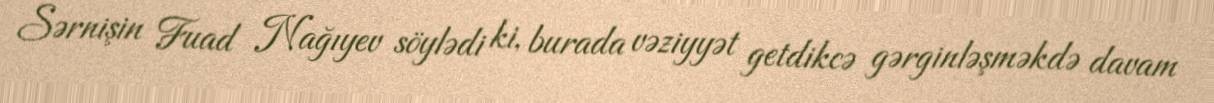
Sərnişin Fuad Nağıyev söylədi ki, burada vəziyyət getdikcə gərginləşməkdə davam